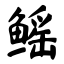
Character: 鳐